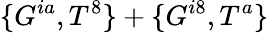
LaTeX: \{ G^{ia},T^{8}\} +\{ G^{i8},T^{a}\}